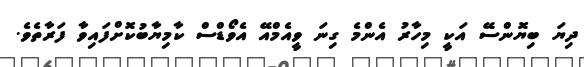
ދިޔަ ބިޔޮންސޭ އަކީ މިހާރު އެންމެ ގިނަ ވީއެމްއޭ އެވޯޑްސް ކާމިޔާބުކޮށްފައިވާ ފަރާތެވެ.